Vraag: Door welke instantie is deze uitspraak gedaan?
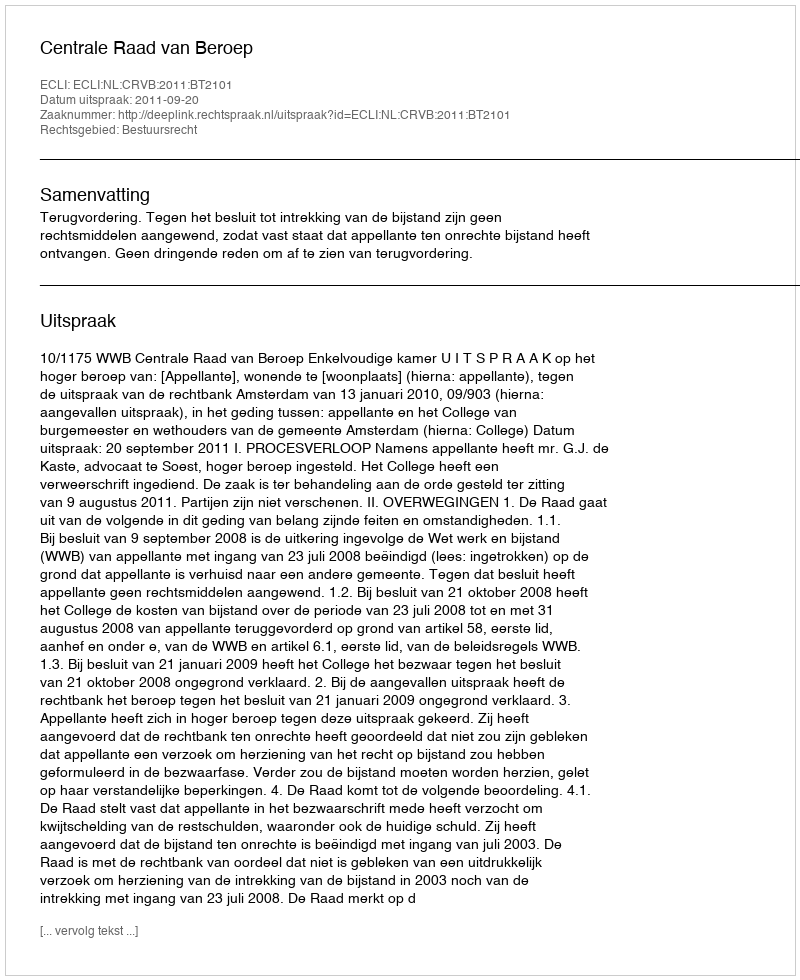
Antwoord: Centrale Raad van Beroep